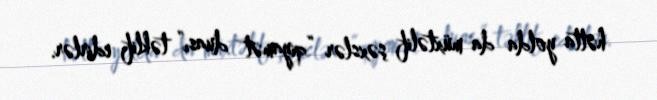
hətta yolda da müxtəlif şəxslər “qiyamət duası” təklif edirlər.